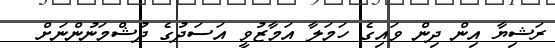
ރަޝިޔާ އިން ދިން ވައިގެ ހަމަލާ އަމާޒުވީ އަސަދުގެ ދުޝްމަނުންނަށް